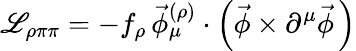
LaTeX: {\cal\mathscr{L}}_{\rho\pi\pi}=-f_{\rho}\, \vec{{\phi}}_{\mu}^{(\rho)}\cdot\left(\vec{{\phi}}\times\partial^{\mu}\vec{{\phi}}\, \right)